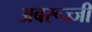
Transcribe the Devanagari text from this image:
अबरूज्जी